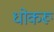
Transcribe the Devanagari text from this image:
धोकरू